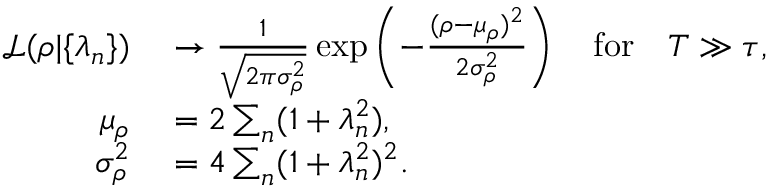
\begin{array} { r l } { { \mathcal L } ( \rho | \{ \lambda _ { n } \} ) } & { { } \to \frac { 1 } { \sqrt { 2 \pi \sigma _ { \rho } ^ { 2 } } } \exp \left( - \frac { ( \rho - \mu _ { \rho } ) ^ { 2 } } { 2 \sigma _ { \rho } ^ { 2 } } \right) \quad \mathrm { f o r } \quad T \gg \tau , } \\ { \mu _ { \rho } } & { { } = 2 \sum _ { n } ( 1 + \lambda _ { n } ^ { 2 } ) , } \\ { \sigma _ { \rho } ^ { 2 } } & { { } = { 4 } \sum _ { n } ( 1 + \lambda _ { n } ^ { 2 } ) ^ { 2 } . } \end{array}